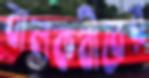
বালকবীরের